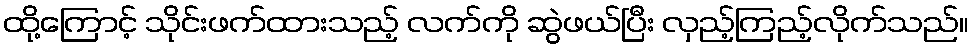
ထို့ကြောင့် သိုင်းဖက်ထားသည့် လက်ကို ဆွဲဖယ်ပြီး လှည့်ကြည့်လိုက်သည်။